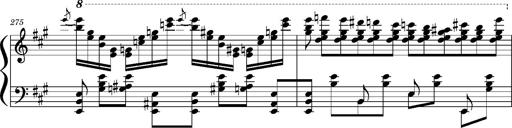
Title: Concerto sans orchestre, S.524a
Composer: Franz Liszt
Key: A major